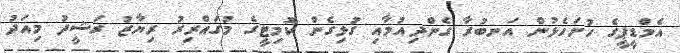
އެމްޑީޕީގެ ހުށަހެޅުން އަނބުރާ ގެންދިއުމާއި ގުޅިގެން ކޮމިޓީގެ މުގައްރިރު ރިޔާޒު ރަޝީދު މިއަދު